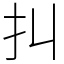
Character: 㧃